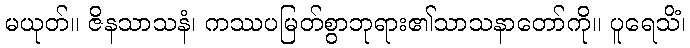
မယုတ်။ ဇိနသာသနံ၊ ကဿပမြတ်စွာဘုရား၏သာသနာတော်ကို။ ပူရေသိံ၊